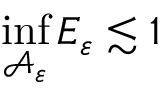
\operatorname* { i n f } _ { \mathcal A _ { \varepsilon } } E _ { \varepsilon } \lesssim 1